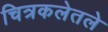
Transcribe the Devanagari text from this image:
चित्रकलेतले